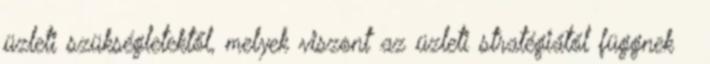
üzleti szükségletektől, melyek viszont az üzleti stratégiától függnek 